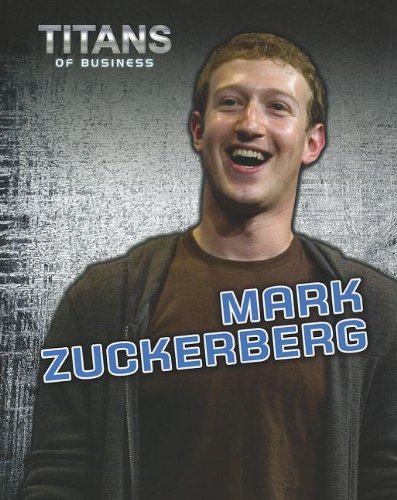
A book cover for Mark Zuckerberg (Titans of Business); Dennis Fertig; Children's Books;